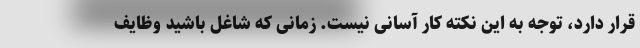
قرار دارد، توجه به این نکته کار آسانی نیست. زمانی که شاغل باشید وظایف